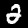
Label: 2